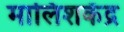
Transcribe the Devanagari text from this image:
मालिशकेंद्र